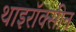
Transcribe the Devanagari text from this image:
थाइरॉक्सीन